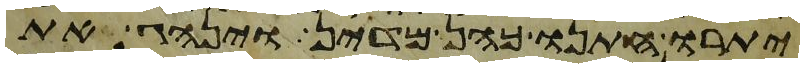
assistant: יתרו חתנו כהן מדין וינהג את